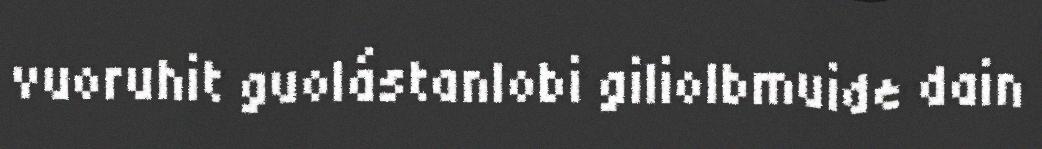
vuoruhit guolástanlobi giliolbmuide dain